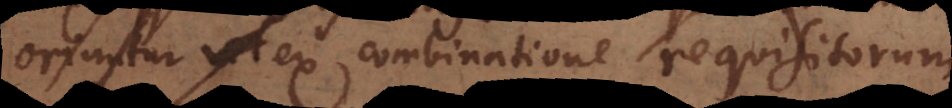
oriuntur ex combinatione requisitorum.